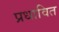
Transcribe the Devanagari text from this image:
प्रधावित